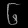
Digit: ၆